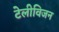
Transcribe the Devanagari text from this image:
टेलीविजन